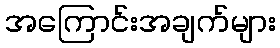
အကြောင်းအချက်များ